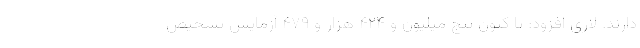
دارند. لاری افزود: تا کنون پنج میلیون و ۴۲۴ هزار و ۴۷۹ آزمایش تشخیص